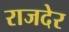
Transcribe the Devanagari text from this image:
राजदेर